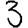
Digit: 3